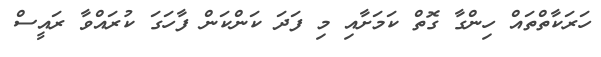
ހަރަކާތްތައް ހިންގާ ގޮތް ކަމަށާއި މި ފަދަ ކަންކަން ފާހަގަ ކުރައްވާ ރައީސް